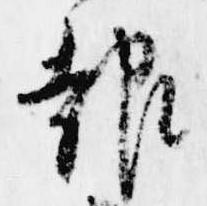
報